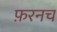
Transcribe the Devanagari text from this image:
फ़रनच